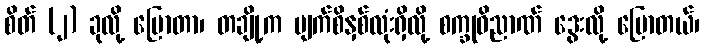
စိတ် (၂) ခုလို့ ပြောတာ၊ တချို့က မျက်စိနှစ်လုံးရှိလို့ စက္ခုဝိညာဏ် ဒွေးလို့ ပြောတယ်၊